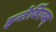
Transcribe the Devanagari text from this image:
इन्तेर्विएव्स्